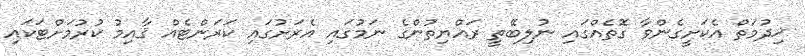
ޚިދުމަތް އެކަށީގެންވާ ގޮތެއްގައި ނުލިބޭތީ ރައްޔިތުންގެ ނަމުގައި އެރަށުގައި ކަރަންޓެއް ޤާއިމު ކުރުމަށްޓަކައި